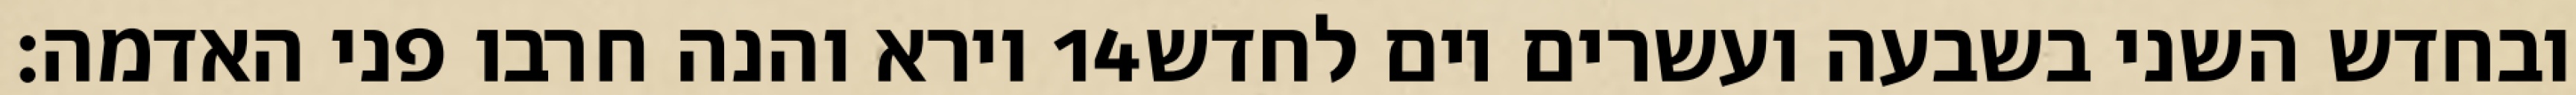
וירא והנה חרבו פני האדמה׃ ‎14‏ ובחדש השני בשבעה ועשרים יום לחדש